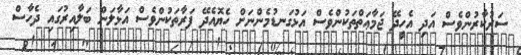
ސަރުކާރުންވެސް އަދި އެހީދޭ ޖަމާޢަތްތަކުންވެސް އަޅުގަނޑުމެންނަށް ހެޔޮއެދޭ ފަރާތަކުންވެސް އަޅާލަން ބަލާއިރުގައި ދެހާސް